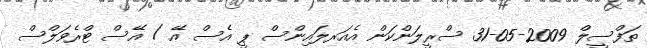
ތަފްސީލް 2009-05-31 ސްރީލަންކަން އެއަރލައިންސް ޕީ އެސް އޭ / އޭސް ޓްރެވަލްސް